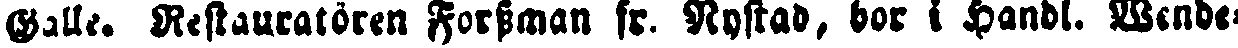
Balle. Restauratören Forssman fr. Nystad, bor i handl. Wende-